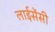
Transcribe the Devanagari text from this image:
लाईसेंसी